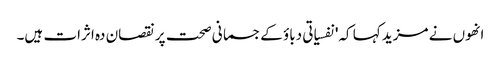
انھوں نے مزید کہا کہ'نفسیاتی دباؤ کےجسمانی صحت پر نقصان دہ اثرات ہیں۔